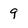
Character: 9